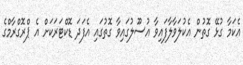
އެކަމާ ގުޅޭ ގޮތުން އެކުލަވާލާފައިވާ އުސޫލުގައިވާ ގޮތުގައި އެފަދަ ޑޮކްޓަރަކަށް އެ ޕްރޮގްރާމްގެ